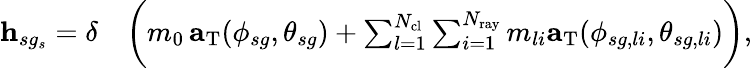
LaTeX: \begin{array}{rl}{\textbf{h}_{sg_{s}}=\delta}&{\bigg(m_{0}\, \textbf{a}_{\mathrm{T}}(\phi_{sg},\theta_{sg})+\sum_{l=1}^{N_{\mathrm{cl}}}\sum_{i=1}^{N_{\mathrm{ray}}}m_{li}\textbf{a}_{\mathrm{T}}(\phi_{sg,li},\theta_{sg,li})\bigg),}\end{array}